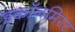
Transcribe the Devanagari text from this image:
इकॉनमिस्ट